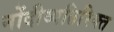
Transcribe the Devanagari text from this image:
नोंदीव्यतिरिक्त